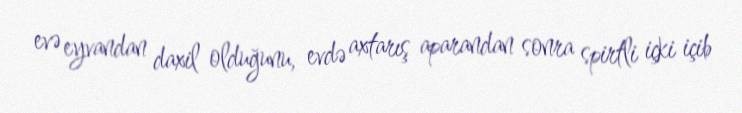
evə eyvandan daxil olduğunu, evdə axtarış aparandan sonra spirtli içki içib